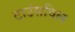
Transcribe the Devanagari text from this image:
टाउंसविल